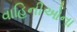
વાહિનીઓના